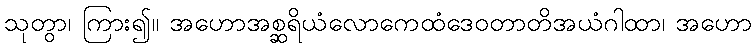
သုတွာ၊ ကြား၍။ အဟောအစ္ဆရိယံလောကေထံဒေဝတာတိအယံဂါထာ၊ အဟော